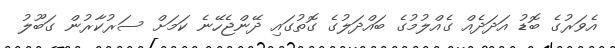
އެވަރުގެ ބޮޑު އަދަދެއް ގެއްލުމުގެ ބައްދަލުގެ ގޮތުގައި ދޭންޖެހޭނެ ކަމަށް ސަރުކާރުން ގަބޫލު